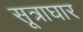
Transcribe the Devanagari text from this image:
सूत्राघार